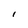
Character: l